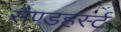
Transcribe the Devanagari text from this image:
सैण्डहर्स्ट